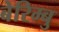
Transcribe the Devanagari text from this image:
बेरिम्बु